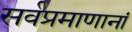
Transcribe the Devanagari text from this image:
सर्वप्रमाणानां